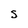
Character: S